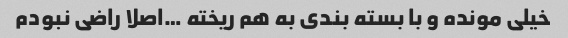
خیلی مونده و با بسته بندی به هم ریخته …اصلا راضی نبودم